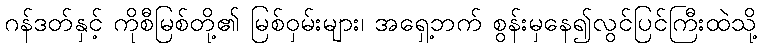
ဂန်ဒတ်နှင့် ကိုစီမြစ်တို့၏ မြစ်ဝှမ်းများ၊ အရှေ့ဘက် စွန်းမှနေ၍လွင်ပြင်ကြီးထဲသို့